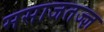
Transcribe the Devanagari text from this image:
मसाजतज्ज्ञ